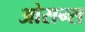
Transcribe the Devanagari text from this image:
ओसन्स